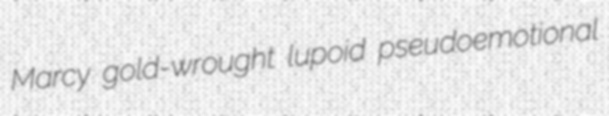
Marcy gold-wrought lupoid pseudoemotional